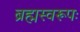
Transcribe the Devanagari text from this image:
ब्रह्मस्वरूपः